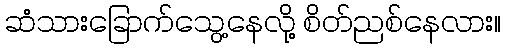
ဆံသားခြောက်သွေ့နေလို့ စိတ်ညစ်နေလား။